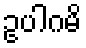
ဥပါဂမိ